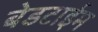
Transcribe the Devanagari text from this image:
बेडटाईम